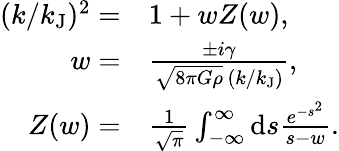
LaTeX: \begin{array}{rl}{(k/k_{\mathrm{J}})^{2}=}&{1+wZ(w),}\\ {w=}&{\frac{\pm i\gamma}{\sqrt{8\pi G\rho}\, (k/k_{\mathrm{J}})},}\\ {Z(w)=}&{\frac{1}{\sqrt{\pi}}\int_{-\infty}^{\infty}\mathrm{d}s\frac{e^{-s^{2}}}{s-w}.}\end{array}